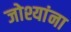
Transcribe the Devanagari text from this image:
जोश्यांना